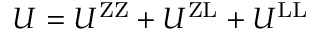
U = U ^ { \mathrm { Z Z } } + U ^ { \mathrm { Z L } } + U ^ { \mathrm { L L } }